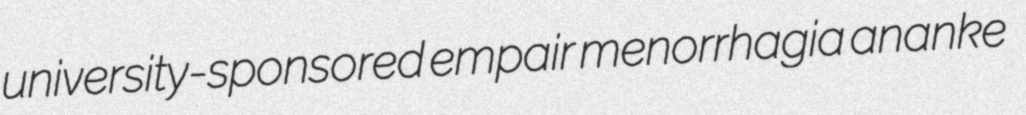
university-sponsored empair menorrhagia ananke